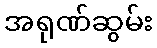
အရုဏ်ဆွမ်း